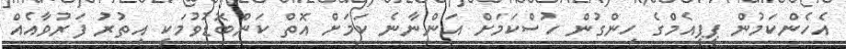
އެހެންކަމުން ޕީޕީއެމްގެ ހިންގުން ހުސްކަމަށް އަންނާނެ ކަމަށް އޮތް ކަންބޮޑުވުމަކީ އިތުރު ފަރުވާއެއް